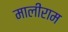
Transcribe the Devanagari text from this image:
मालीराम